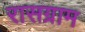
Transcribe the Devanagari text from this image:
रासग्राम